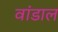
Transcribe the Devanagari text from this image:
वांडाल